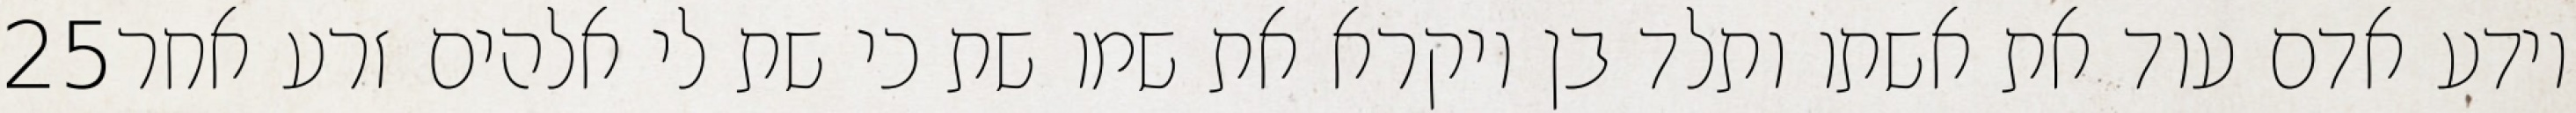
‎25‏ וידע אדם עוד את אשתו ותלד בן ויקרא את שמו שת כי שת לי אלהים זרע אחר